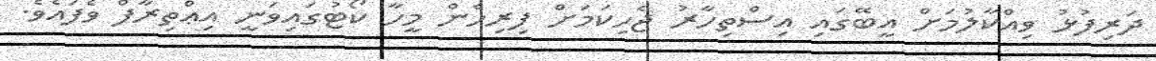
ދަރިފުޅު ވިއްކާލުމަށް އީބޭގައި އިސްތިހާރު ޖެހިކަމަށް ފިރިހެން މީހާ ކޯޓުގައިވަނީ އިޢްތިރާފް ވެފައެވެ.